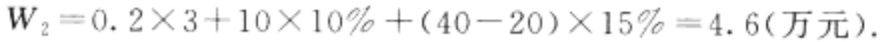
\(W_{2}=0.2\times 3 + 10\times 10\%+(40 - 20)\times 15\%=4.6(万元).\)